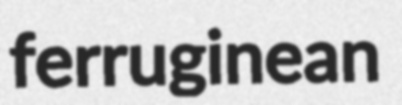
ferruginean